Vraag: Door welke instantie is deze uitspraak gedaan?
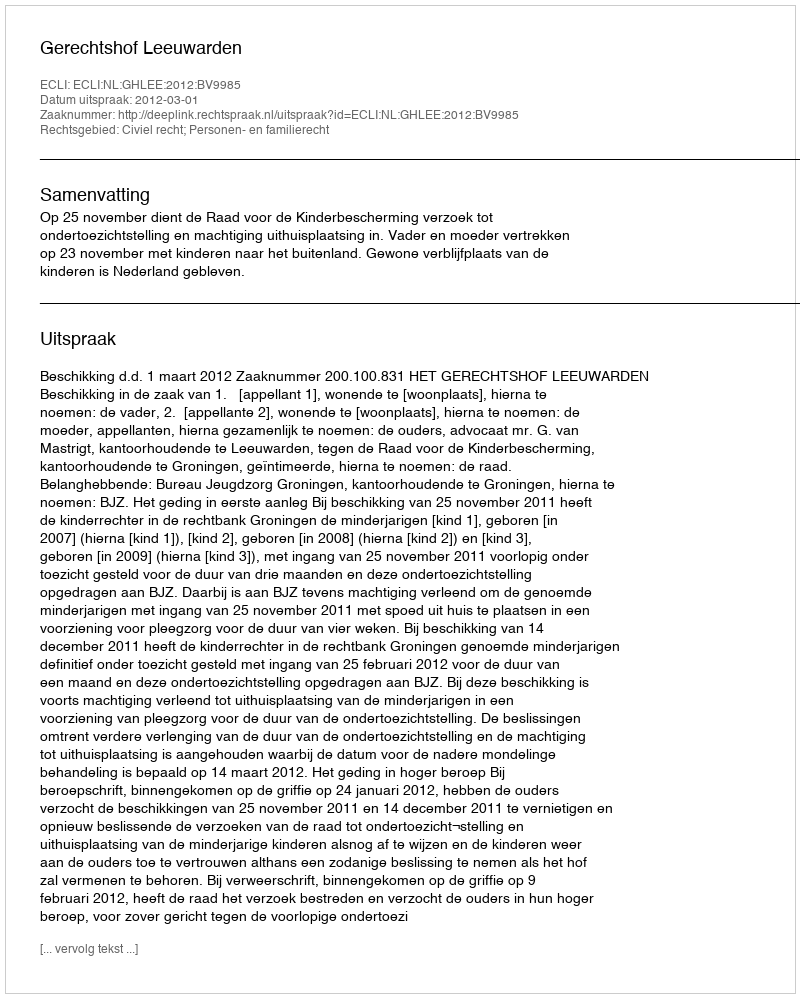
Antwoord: Gerechtshof Leeuwarden